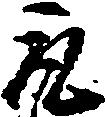
取